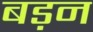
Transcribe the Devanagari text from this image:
बड़न